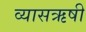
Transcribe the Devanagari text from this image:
व्यासऋषी